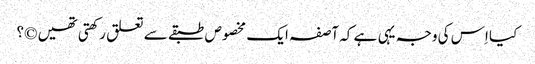
کیا اِس کی وجہ یہی ہے کہ آصفہ ایک مخصوص طبقے سے تعلق رکھتی تھیں ©؟